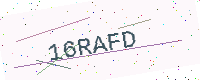
Text: 16RAFD